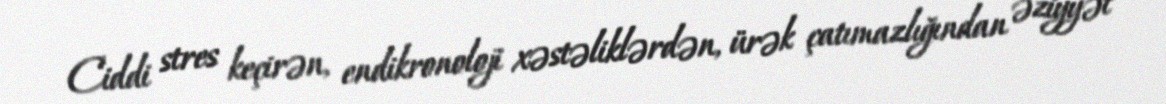
Ciddi stres keçirən, endikronoloji xəstəliklərdən, ürək çatımazlığından əziyyət